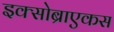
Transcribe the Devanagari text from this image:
इक्सोब्राएकस